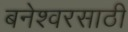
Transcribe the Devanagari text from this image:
बनेश्वरसाठी